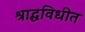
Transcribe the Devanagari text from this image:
श्राद्धविधीत